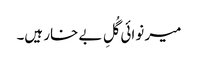
میر نوائی گُلِ بے خار ہیں۔